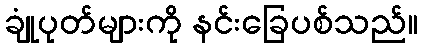
ချုံပုတ်များကို နင်းခြေပစ်သည်။